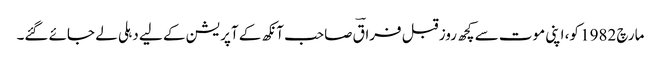
مارچ 1982 کو، اپنی موت سے کچھ روز قبل فراقؔ صاحب آنکھ کے آپریشن کے لیے دہلی لے جائے گئے۔